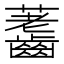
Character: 𪙐